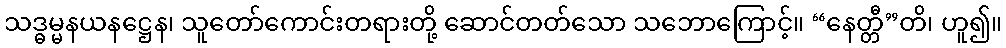
သဒ္ဓမ္မနယနဋ္ဌေန၊ သူတော်ကောင်းတရားတို့ ဆောင်တတ်သော သဘောကြောင့်။ “နေတ္တီ”တိ၊ ဟူ၍။